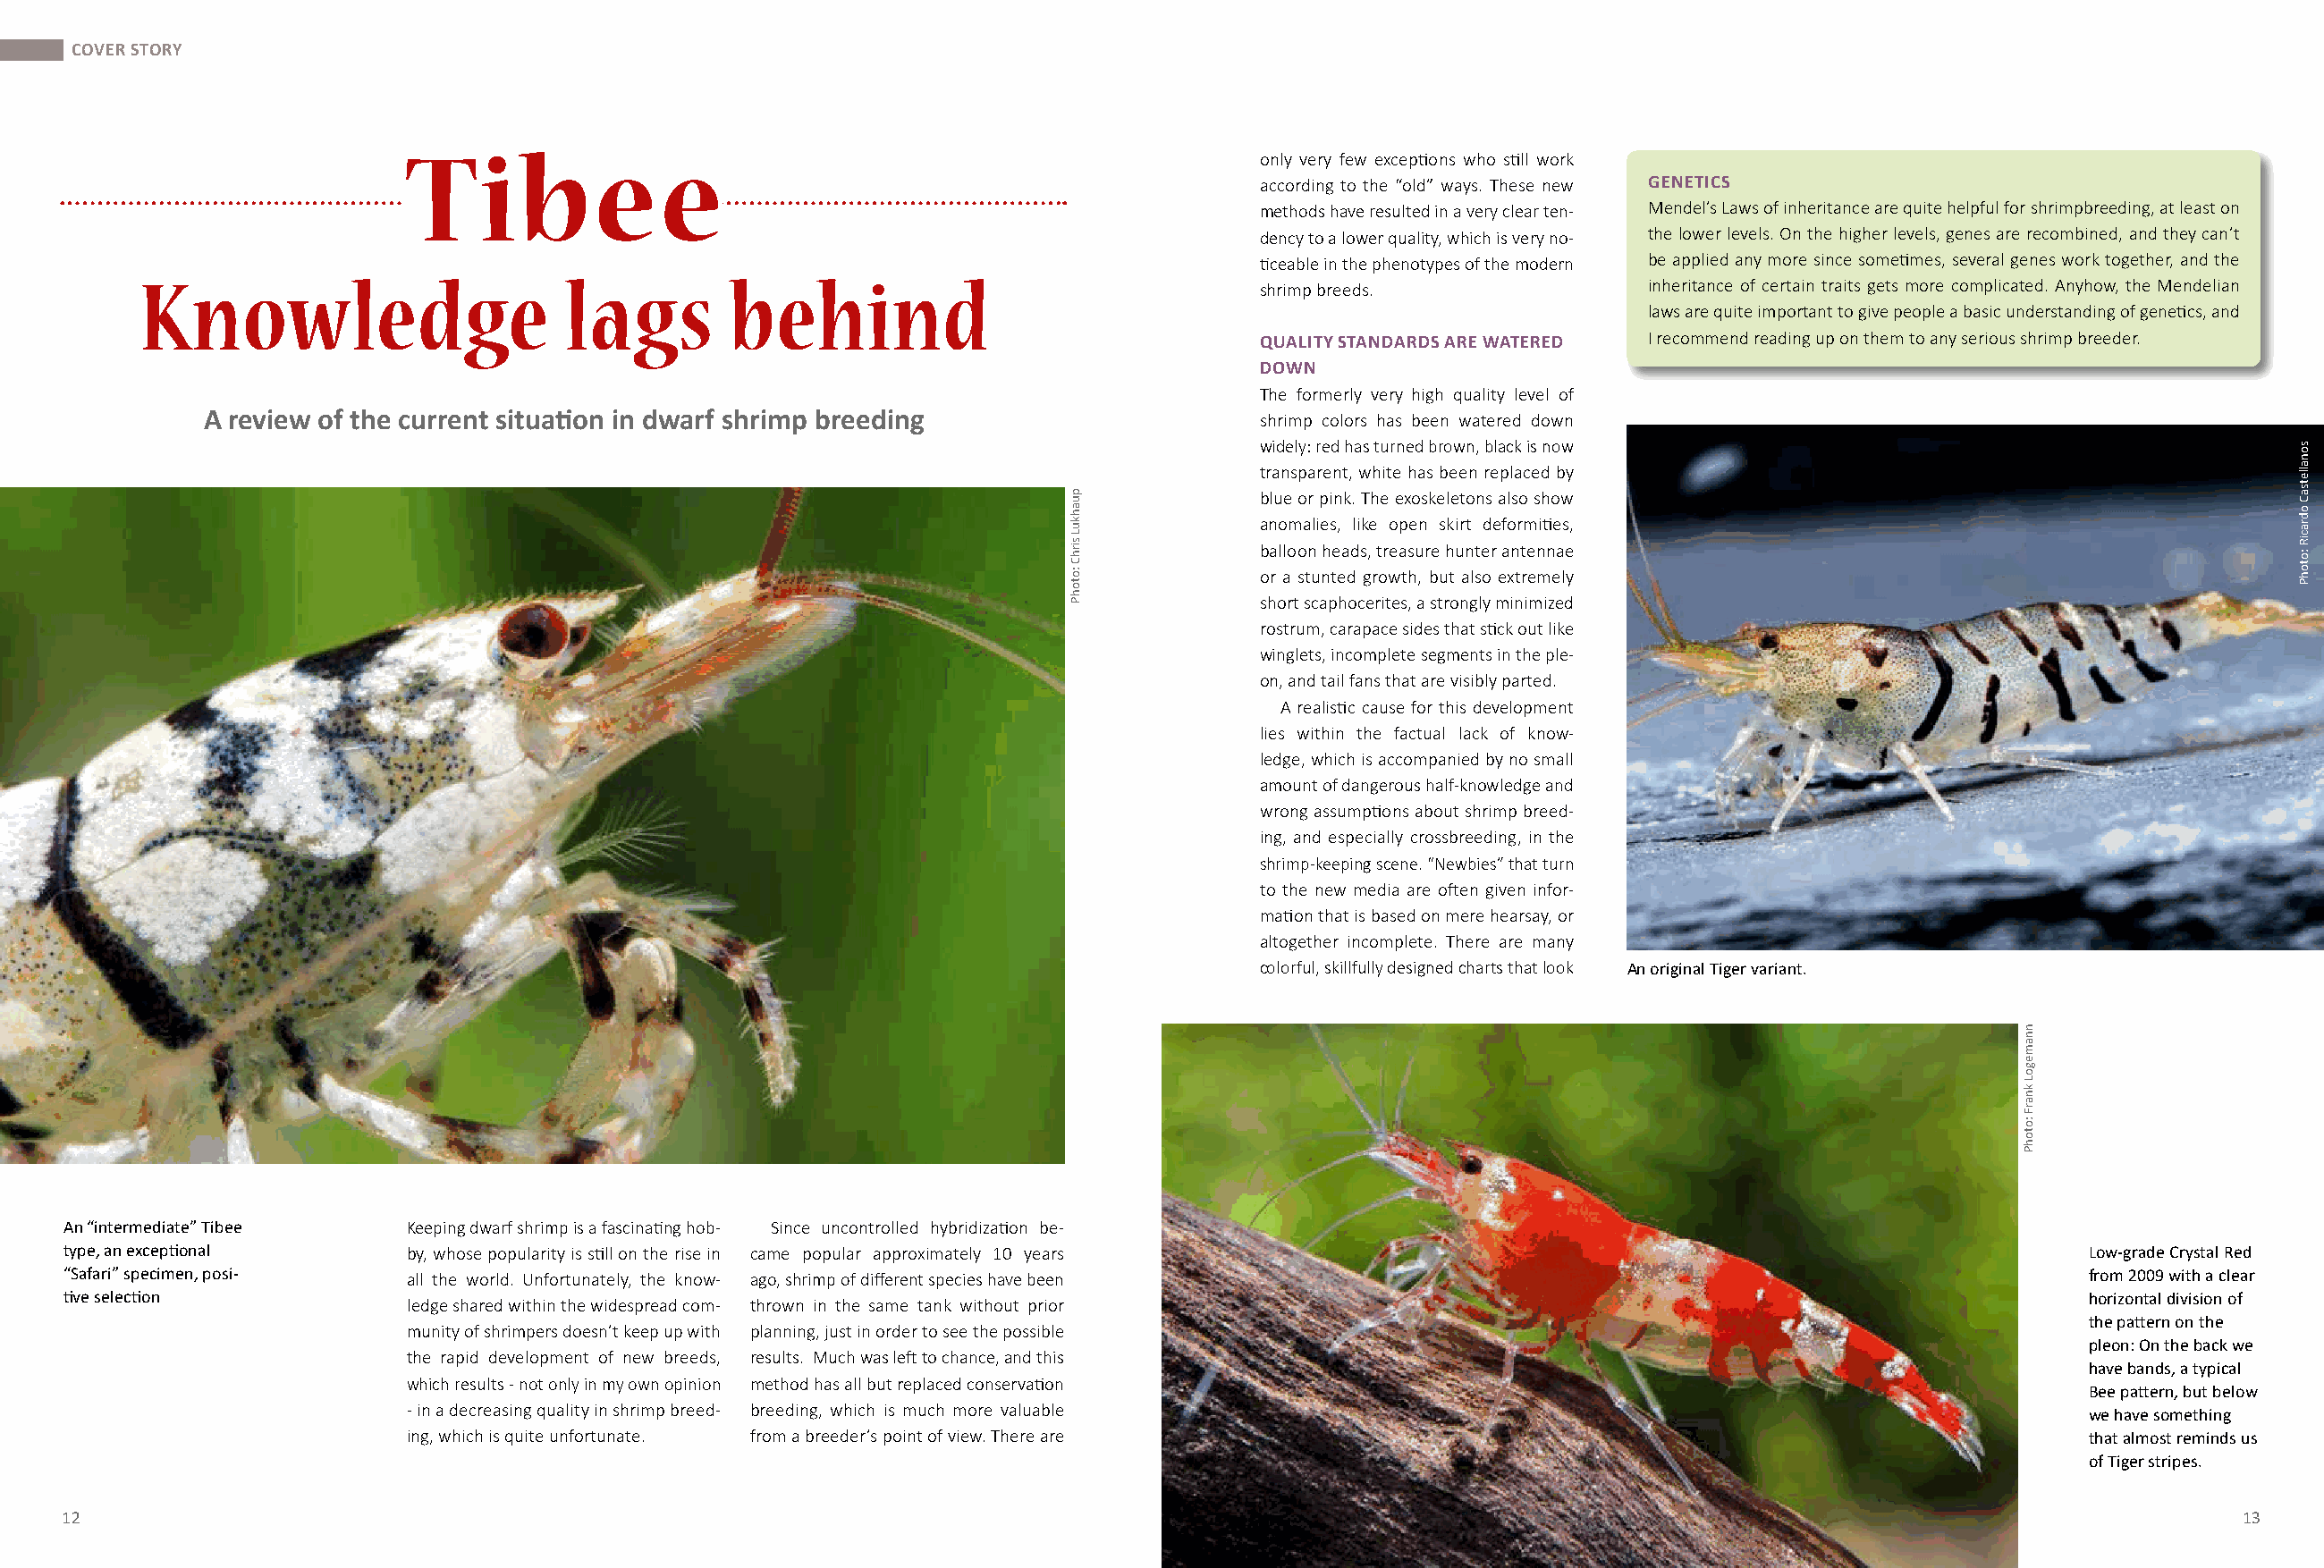
COVER STORY
 Tibee
 only very few exceptions who still work
 according to the “old” ways. These new GENETICS
 methods have resulted in a very clear ten- Mendel’s Laws of inheritance are quite helpful for shrimpbreeding, at least on
 dency to a lower quality, which is very no- the lower levels. On the higher levels, genes are recombined, and they can’t
 ticeable in the phenotypes of the modern be applied any more since sometimes, several genes work together, and the
 Knowledge                       lags        behind
 shrimp breeds.               inheritance of certain traits gets more complicated. Anyhow, the Mendelian
 laws are quite important to give people a basic understanding of genetics, and
 I recommend reading up on them to any serious shrimp breeder.
 QUALITY STANDARDS ARE WATERED
 DOWN
 The formerly very high quality level of
 A review of the current situation in dwarf shrimp breeding                    shrimp colors has been watered down
 widely: red has turned brown, black is now
 transparent, white has been replaced by
 blue or pink. The exoskeletons also show
 anomalies, like open skirt deformities,
 balloon heads, treasure hunter antennae
 or a stunted growth, but also extremely
 short scaphocerites, a strongly minimized
 rostrum, carapace sides that stick out like
 winglets, incomplete segments in the ple-
 on, and tail fans that are visibly parted.
 A realistic cause for this development
 lies within the factual lack of know-
 ledge, which is accompanied by no small
 amount of dangerous half-knowledge and
 wrong assumptions about shrimp breed-
 ing, and especially crossbreeding, in the
 shrimp-keeping scene. “Newbies” that turn
 to the new media are often given infor-
 mation that is based on mere hearsay, or
 altogether incomplete. There are many
 colorful, skillfully designed charts that look An original Tiger variant.
 An “intermediate” Tibee  Keeping dwarf shrimp is a fascinating hob- Since uncontrolled hybridization be-
 type, an exceptional     by, whose popularity is still on the rise in came popular approximately 10 years                                             Low-grade Crystal Red
 “Safari” specimen, posi- all the world. Unfortunately, the know- ago, shrimp of different species have been                                           from 2009 with a clear
 tive selection                                                                                                                                        horizontal division of
 ledge shared within the widespread com- thrown in the same tank without prior
 the pattern on the
 munity of shrimpers doesn’t keep up with planning, just in order to see the possible
 pleon: On the back we
 the rapid development of new breeds, results. Much was left to chance, and this
 have bands, a typical
 which results - not only in my own opinion method has all but replaced conservation
 Bee pattern, but below
 - in a decreasing quality in shrimp breed- breeding, which is much more valuable
 we have something
 ing, which is quite unfortunate. from a breeder’s point of view. There are                                                   that almost reminds us
 of Tiger stripes.
 12                                                                                                                                                               13
 puahkuL
 sirhC
 :otohP
 nnamegoL
 knarF
 :otohP
 sonalletsaC
 odraciR
 :otohP